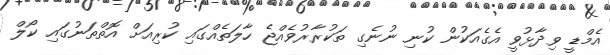
އެމްޑީ ވިދާޅުވީ އެގެއަކުން ކުނި ނުނެގި ތަކުރާރުވެއްޖެ ހާލަތެއްގައި ކުރިއަށް އޮތްތަނުގައި ކޯލް